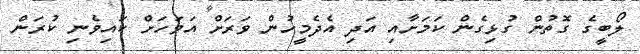
ލޯބީގެ ގޮތުން ގުޅިގެން ކަމަށާއި އަދި އެދެމީހުން ވަރަށް އަވަހަށް ކައިވެނި ކުރަން